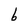
Character: b